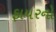
ફાયરનો